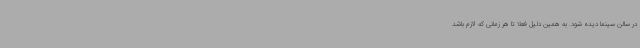
در سالن سینما دیده شود. به همین دلیل فعلا تا هر زمانی که لازم باشد